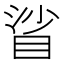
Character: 𥆝